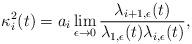
LaTeX: \begin{align*}\kappa^2_i(t)=a_i \lim_{\epsilon\rightarrow 0}\frac{\lambda_{i+1,\epsilon}(t)}{\lambda_{1,\epsilon}(t)\lambda_{i,\epsilon}(t)},\end{align*}